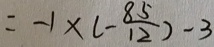
= - 1 \times ( - \frac { 8 5 } { 1 2 } ) - 3